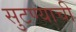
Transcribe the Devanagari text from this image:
सुटण्याची